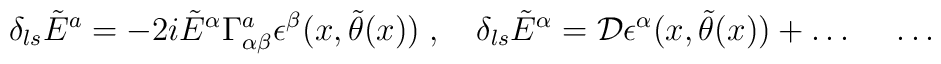
\delta_{ls} \tilde{E}^a = - 2i \tilde{E}^{\alpha} \Gamma^{a}_{\alpha\beta}\epsilon^{\beta}(x, \tilde{\theta}(x))\; , \quad \delta_{ls} \tilde{E}^{\alpha}= {\cal D} \epsilon^{\alpha}(x, \tilde{\theta}(x))+\ldots \;  \quad \ldots